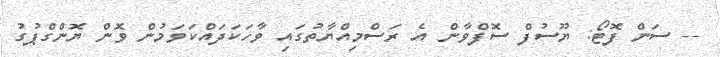
-- ސަން ފޮޓޯ: ޔޫސުފް ސޮފްވާން އެ ރަސްމިއްޔާތުގައި ވާހަކަދައްކަވަމުން ވޮން ޔޮންގްޕުގު